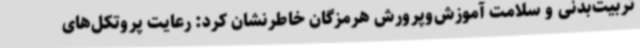
تربیت‌بدنی و سلامت آموزش‌وپرورش هرمزگان خاطرنشان کرد: رعایت پروتکل‌های